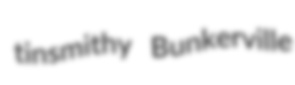
tinsmithy Bunkerville